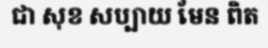
ជា សុខ សប្បាយ មែន ពិត